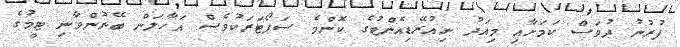
ފުރުނު ދުވަސް ކަމަށާއި މިއަދު ނިއުރޭޑިއެންޓުގެ ކޮންމެ ސަޕޯޓަރަކުވެސް އަހާލަން ބޭނުންވާނި ޓީމުގެ